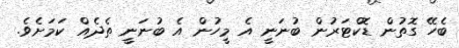
ބެހޭ ގޮތުން ޑޮކްޓަރުން ބުނަނީ އެ މީހުން އެ ބުނަނީ ތެދެއް ކަމަށެވެ.